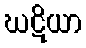
ဃဋိယာ